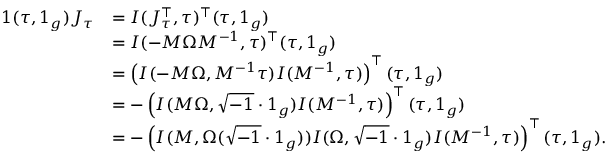
\begin{array} { r l } { 1 ( \tau , 1 _ { g } ) J _ { \tau } } & { = I ( J _ { \tau } ^ { \top } , \tau ) ^ { \top } ( \tau , 1 _ { g } ) } \\ & { = I ( - M \Omega M ^ { - 1 } , \tau ) ^ { \top } ( \tau , 1 _ { g } ) } \\ & { = \left( I ( - M \Omega , M ^ { - 1 } \tau ) I ( M ^ { - 1 } , \tau ) \right) ^ { \top } ( \tau , 1 _ { g } ) } \\ & { = - \left( I ( M \Omega , \sqrt { - 1 } \cdot 1 _ { g } ) I ( M ^ { - 1 } , \tau ) \right) ^ { \top } ( \tau , 1 _ { g } ) } \\ & { = - \left( I ( M , \Omega ( \sqrt { - 1 } \cdot 1 _ { g } ) ) I ( \Omega , \sqrt { - 1 } \cdot 1 _ { g } ) I ( M ^ { - 1 } , \tau ) \right) ^ { \top } ( \tau , 1 _ { g } ) . } \end{array}